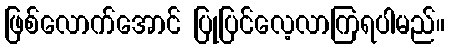
ဖြစ်လောက်အောင် ပြုပြင်လေ့လာကြရပါမည်။